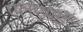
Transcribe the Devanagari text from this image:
एलएमई